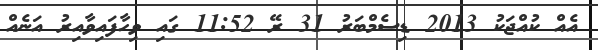
އެއް ކުއްޖަކު 2013 ޑިސެމްބަރު 31 ރޭ 11:52 ގައި ވިހާފައިވާއިރު އަނެއް